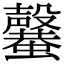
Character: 𣫣